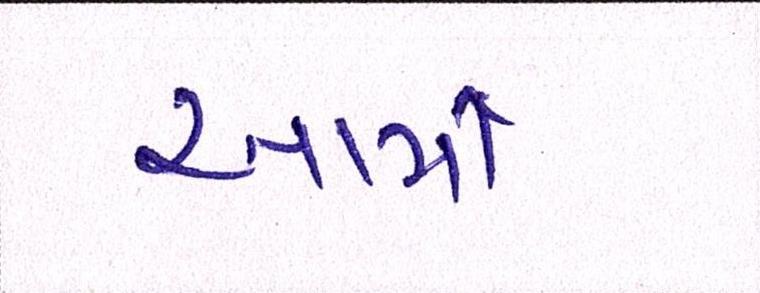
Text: આર્મી